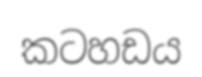
කටහඩය